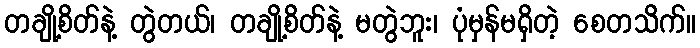
တချို့စိတ်နဲ့ တွဲတယ်၊ တချို့စိတ်နဲ့ မတွဲဘူး၊ ပုံမှန်မရှိတဲ့ စေတသိက်။